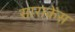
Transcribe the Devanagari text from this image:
साराकेंस